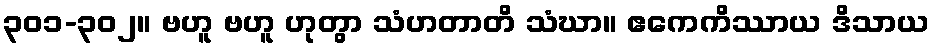
၃၀၁-၃၀၂။ ဗဟူ ဗဟူ ဟုတွာ သံဟတာတိ သံဃာ။ ဧကေကိဿာယ ဒိသာယ